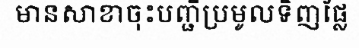
មានសាខាចុះបញ្ជីប្រមូលទិញផ្លែ